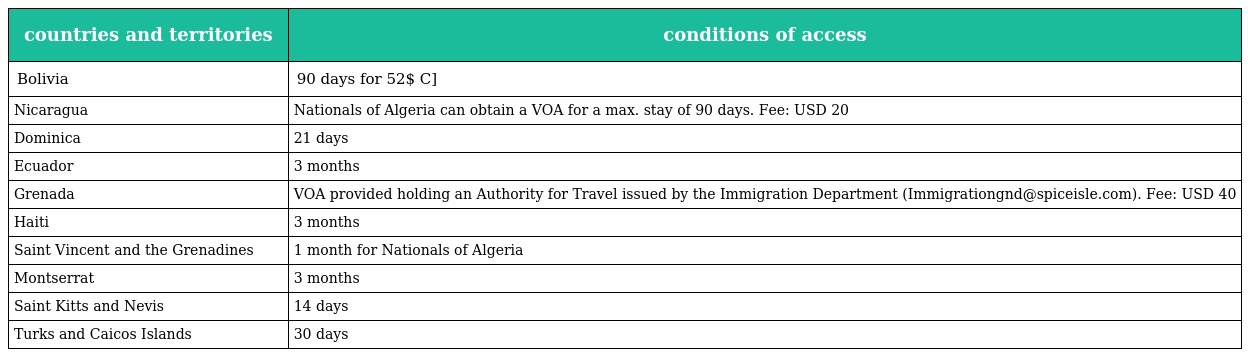
| countries and territories | conditions of access |
 | --- | --- |
 | Bolivia | 90 days for 52$ C] |
 | Nicaragua | Nationals of Algeria can obtain a VOA for a max. stay of 90 days. Fee: USD 20 |
 | Dominica | 21 days |
 | Ecuador | 3 months |
 | Grenada | VOA provided holding an Authority for Travel issued by the Immigration Department (Immigrationgnd@spiceisle.com). Fee: USD 40 |
 | Haiti | 3 months |
 | Saint Vincent and the Grenadines | 1 month for Nationals of Algeria |
 | Montserrat | 3 months |
 | Saint Kitts and Nevis | 14 days |
 | Turks and Caicos Islands | 30 days |